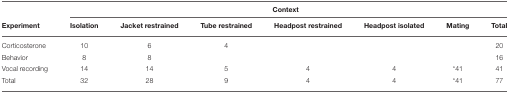
<table><thead><tr><td colspan="7"><b>Context</b></td></tr><tr><td><b>Experiment</b></td><td><b>Isolation</b></td><td><b>Jacket restrained</b></td><td><b>Tube restrained</b></td><td><b>Headpost restrained</b></td><td><b>Headpost isolated</b></td><td><b>Mating</b></td><td><b>Total</b></td></tr></thead><tbody><tr><td>Corticosterone</td><td>10</td><td>6</td><td>4</td><td></td><td></td><td></td><td>20</td></tr><tr><td>Behavior</td><td>8</td><td>8</td><td></td><td></td><td></td><td></td><td>16</td></tr><tr><td>Vocal recording</td><td>14</td><td>14</td><td>5</td><td>4</td><td>4</td><td><sup>*</sup>41</td><td>41</td></tr><tr><td>Total</td><td>32</td><td>28</td><td>9</td><td>4</td><td>4</td><td><sup>*</sup>41</td><td>77</td></tr></tbody></table>